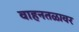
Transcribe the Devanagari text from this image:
वाहनतळावर